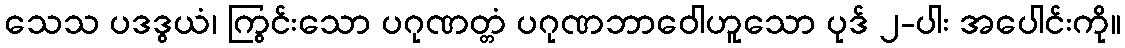
သေသ ပဒဒွယံ၊ ကြွင်းသော ပဂုဏတ္တံ ပဂုဏဘာဝေါဟူသော ပုဒ် ၂-ပါး အပေါင်းကို။